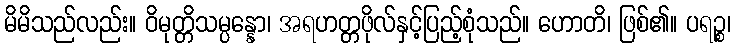
မိမိသည်လည်း။ ဝိမုတ္တိသမ္ပန္နော၊ အရဟတ္တဖိုလ်နှင့်ပြည့်စုံသည်။ ဟောတိ၊ ဖြစ်၏။ ပရဉ္စ၊